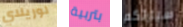
لوريلاي بتربية سيارتكم